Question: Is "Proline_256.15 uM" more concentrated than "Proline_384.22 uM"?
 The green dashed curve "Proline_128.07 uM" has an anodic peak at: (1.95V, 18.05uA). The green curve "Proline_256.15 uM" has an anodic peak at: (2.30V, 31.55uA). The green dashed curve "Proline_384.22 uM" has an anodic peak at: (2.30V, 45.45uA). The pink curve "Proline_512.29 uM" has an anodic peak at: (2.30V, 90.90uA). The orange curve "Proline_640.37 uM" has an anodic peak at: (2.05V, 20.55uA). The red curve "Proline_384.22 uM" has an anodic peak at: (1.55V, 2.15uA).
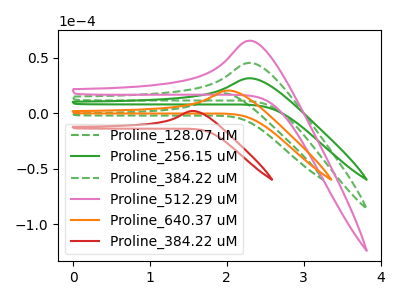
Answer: <think>All the peaks in "Proline_256.15 uM" have a peak in "Proline_384.22 uM" at the same potential. Every peak in "Proline_256.15 uM" is lower than every peak in "Proline_384.22 uM".
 </think>
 <answer>"Proline_256.15 uM" has less signal than "Proline_384.22 uM" and so likely has a lower concentration.</answer>
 <eval>less_concentration</eval>